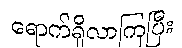
ရောက်ရှိလာကြပြီး